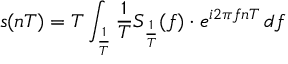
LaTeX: s ( n T ) = T \int _ { \frac { 1 } { T } } { \frac { 1 } { T } } S _ { \frac { 1 } { T } } ( f ) \cdot e ^ { i 2 \pi f n T } \, d f